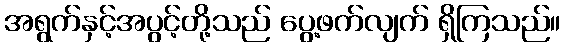
အရွက်နှင့်အပွင့်တို့သည် ပွေ့ဖက်လျက် ရှိကြသည်။